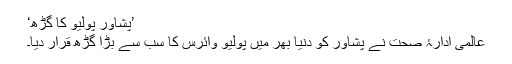
’پشاور پولیو کا گڑھ‘
عالمی ادارۂ صحت نے پشاور کو دنیا بھر میں پولیو وائرس کا سب سے بڑا گڑھ قرار دیا۔